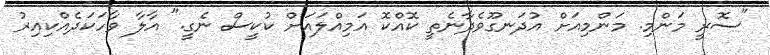
"ސޮރީ މަންމި. މަންމިއަށް އުދަނގޫވެދާނެތީ ކޮއްކޮ އަމިއްލައަށް ކުކީސް ނެގީ." އާލާ ވާހަކަދެއްކިއިރު